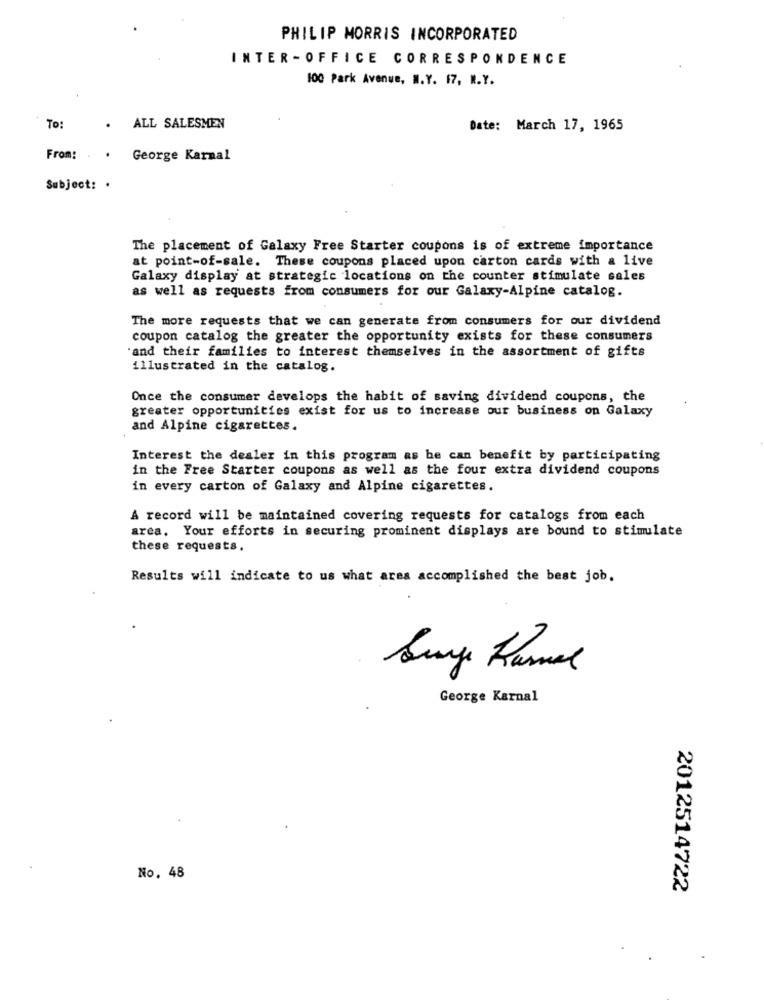
PHILIP MORRIS INCORPORATED
INTER -OFFICE CORRESPONDENCE
100 Park Avenue, N.Y. 17, N.Y.
To:
ALL SALESMEN
Date: March 17, 1965
From: .. George Karnal
Subject: .
The placement of Galaxy Free Starter coupons is of extreme importance
at point-of-sale. These coupons placed upon carton cards with a live
Galaxy display at strategic locations on the counter stimulate sales
as well as requests from consumers for our Galaxy-Alpine catalog.
The more requests that we can generate from consumers for our dividend
coupon catalog the greater the opportunity exists for these consumers
'and their families to interest themselves in the assortment of gifts
illustrated in the catalog.
Once the consumer develops the habit of saving dividend coupons, the
greater opportunities exist for us to increase our business on Galaxy
and Alpine cigarettes.
Interest the dealer in this program as be can benefit by participating
in the Free Starter coupons as well as the four extra dividend coupons
in every carton of Galaxy and Alpine cigarettes.
A record will be maintained covering requests for catalogs from each
area. Your efforts in securing prominent displays are bound to stimulate
these requests.
Results will indicate to us what area accomplished the best job.
George Karnal
No. 48
2012514722